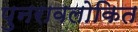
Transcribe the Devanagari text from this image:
पुनरावलोकित